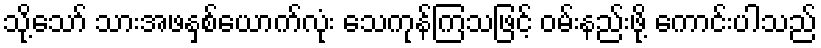
သို့သော် သားအဖနှစ်ယောက်လုံး သေကုန်ကြသဖြင့် ဝမ်းနည်းဖို့ ကောင်းပါသည်